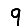
Digit: 9